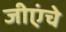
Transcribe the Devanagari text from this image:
जीएंचे